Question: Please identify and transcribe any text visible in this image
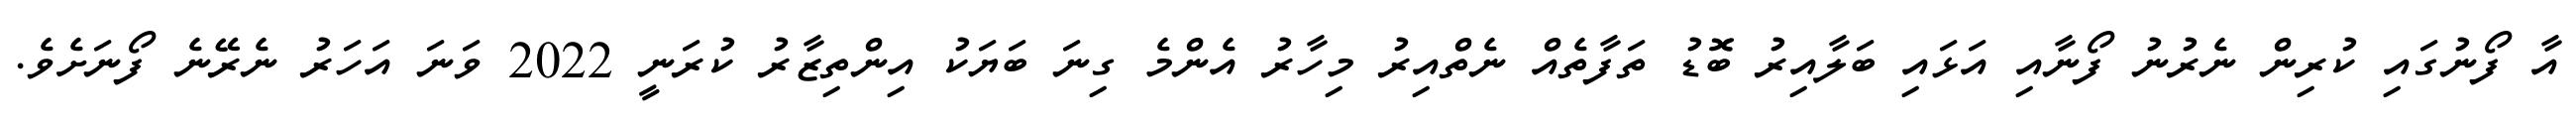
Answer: އާ ފޯނުގައި ކުރިން ނެރުނު ފޯނާއި އަޅައި ބަލާއިރު ބޮޑު ތަފާތެއް ނެތްއިރު މިހާރު އެންމެ ގިނަ ބަޔަކު އިންތިޒާރު ކުރަނީ 2022 ވަނަ އަހަރު ނެރޭނެ ފޯނަށެވެ.